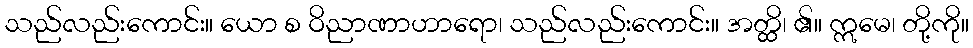
သည်လည်းကောင်း။ ယော စ ဝိညာဏာဟာရော၊ သည်လည်းကောင်း။ အတ္ထိ၊ ၏။ ဣမေ၊ တို့ကို။